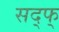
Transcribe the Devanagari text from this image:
सद्फ्